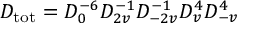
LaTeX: D _ { \mathrm { t o t } } = D _ { 0 } ^ { - 6 } D _ { 2 v } ^ { - 1 } D _ { - 2 v } ^ { - 1 } D _ { v } ^ { 4 } D _ { - v } ^ { 4 }